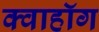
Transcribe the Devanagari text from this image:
क्वाहॉग